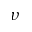
\upsilon